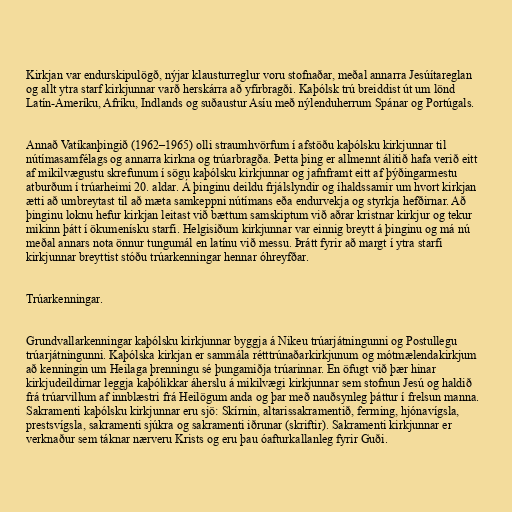
Kirkjan var endurskipulögð, nýjar klausturreglur voru stofnaðar, meðal annarra Jesúítareglan
og allt ytra starf kirkjunnar varð herskárra að yfirbragði. Kaþólsk trú breiddist út um lönd
Latín-Ameríku, Afríku, Indlands og suðaustur Asíu með nýlenduherrum Spánar og Portúgals.

Annað Vatíkanþingið (1962–1965) olli straumhvörfum í afstöðu kaþólsku kirkjunnar til
nútímasamfélags og annarra kirkna og trúarbragða. Þetta þing er allmennt álitið hafa verið eitt
af mikilvægustu skrefunum í sögu kaþólsku kirkjunnar og jafnframt eitt af þýðingarmestu
atburðum í trúarheimi 20. aldar. Á þinginu deildu frjálslyndir og íhaldssamir um hvort kirkjan
ætti að umbreytast til að mæta samkeppni nútímans eða endurvekja og styrkja hefðirnar. Að
þinginu loknu hefur kirkjan leitast við bættum samskiptum við aðrar kristnar kirkjur og tekur
mikinn þátt í ökumenísku starfi. Helgisiðum kirkjunnar var einnig breytt á þinginu og má nú
meðal annars nota önnur tungumál en latínu við messu. Þrátt fyrir að margt í ytra starfi
kirkjunnar breyttist stóðu trúarkenningar hennar óhreyfðar.

Trúarkenningar.

Grundvallarkenningar kaþólsku kirkjunnar byggja á Nikeu trúarjátningunni og Postullegu
trúarjátningunni. Kaþólska kirkjan er sammála rétttrúnaðarkirkjunum og mótmælendakirkjum
að kenningin um Heilaga þrenningu sé þungamiðja trúarinnar. En öfugt við þær hinar
kirkjudeildirnar leggja kaþólikkar áherslu á mikilvægi kirkjunnar sem stofnun Jesú og haldið
frá trúarvillum af innblæstri frá Heilögum anda og þar með nauðsynleg þáttur í frelsun manna.
Sakramenti kaþólsku kirkjunnar eru sjö: Skírnin, altarissakramentið, ferming, hjónavígsla,
prestsvígsla, sakramenti sjúkra og sakramenti iðrunar (skriftir). Sakramenti kirkjunnar er
verknaður sem táknar nærveru Krists og eru þau óafturkallanleg fyrir Guði.